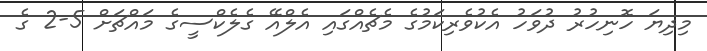
މިދިޔަ ހޮނިހުރު ދުވަހު އެކުވެރިކަމުގެ މެޗެއްގައި އެލްއޭ ގެލެކްސީގެ މައްޗަށް 5-2 ގެ